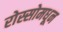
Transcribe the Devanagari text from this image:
रोस्सोमधून